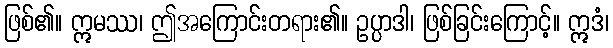
ဖြစ်၏။ ဣမဿ၊ ဤအကြောင်းတရား၏။ ဥပ္ပာဒါ၊ ဖြစ်ခြင်းကြောင့်။ ဣဒံ၊